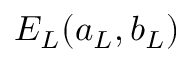
E _ { \cal L } ( a _ { \cal L } , b _ { \cal L } )